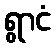
ရွာငံ